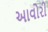
આવોરી